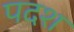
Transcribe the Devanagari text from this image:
पदश